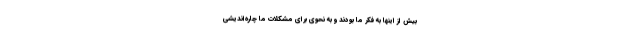
بیش از اینها به فکر ما بودند و به نحوی برای مشکلات ما چاره‌اندیشی